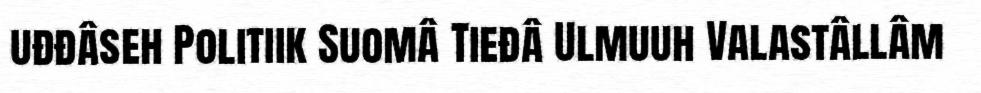
uđđâseh Politiik Suomâ Tieđâ Ulmuuh Valastâllâm